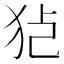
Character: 𱭸